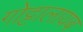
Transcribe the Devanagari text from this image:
गोट्टालायब